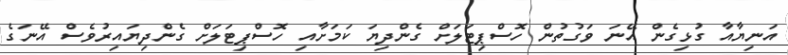
އަނިޔާއާ ގުޅިގެން އޭނަ ވަގުތުން ހޮސްޕިޓަލަށް ގެންދިޔަ ކަމަށާއި ހޮސްޕިޓަލަށް ގެންދިޔައިރުވެސް އޭނަގެ